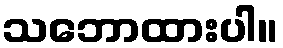
သဘောထားပါ။